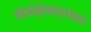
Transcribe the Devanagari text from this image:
तीर्थक्षेत्रासमान